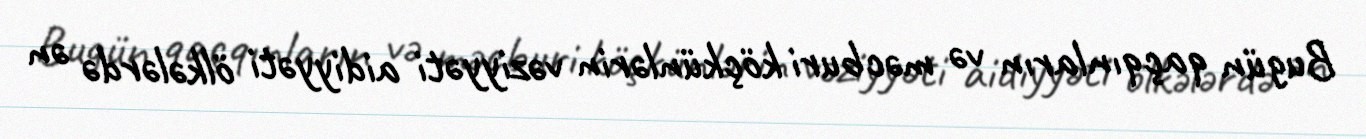
Bugün qaçqınların və məcburi köçkünlərin vəziyyəti aidiyyəti ölkələrdə ən